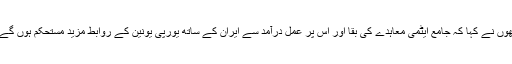
انھوں نے کہا کہ جامع ایٹمی معاہدے کی بقا اور اس پر عمل درآمد سے ایران کے ساتھ یورپی یونین کے روابط مزید مستحکم ہوں گے ۔